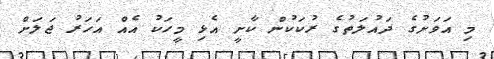
މި އަވަށުގެ ދައުލަތުގެ ރުކަކުން ކާށީ އެޅި މީހަކު އެއް އަހަރު ޖަލަށް